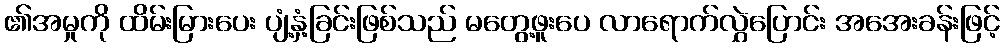
၏အမှုကို ထိမ်းမြားပေး ပျံ့နှံ့ခြင်းဖြစ်သည် မတွေ့ဖူးပေ လာရောက်လွှဲပြောင်း အအေးခန်းဖြင့်